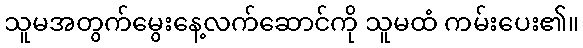
သူမအတွက်မွေးနေ့လက်ဆောင်ကို သူမထံ ကမ်းပေး၏။